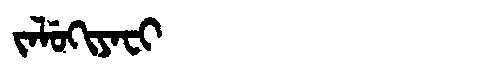
Manchu: ᠵᠠᠯᡠᡴᡳᠶᠠᠸᡳ
Romanization: JALUKIYAFI